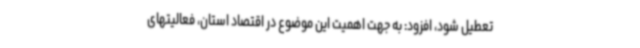
تعطیل شود، افزود: به جهت اهمیت این موضوع در اقتصاد استان، فعالیتهای